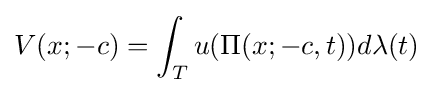
V(x;-c)=\int _{T}u(\Pi (x;-c,t))d\lambda (t)